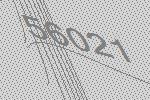
56021